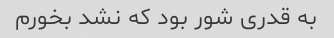
به قدری شور بود که نشد بخورم